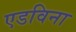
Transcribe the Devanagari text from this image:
एडविना